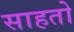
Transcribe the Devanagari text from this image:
साहतो